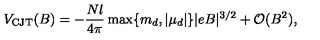
V _ { \mathrm { C J T } } ( B ) = - \frac { N l } { 4 \pi } \max \{ m _ { d } , | \mu _ { d } | \} | e B | ^ { 3 / 2 } + { \cal O } ( B ^ { 2 } ) ,